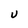
Character: U